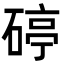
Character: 碠